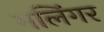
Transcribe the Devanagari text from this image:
मलिंगर